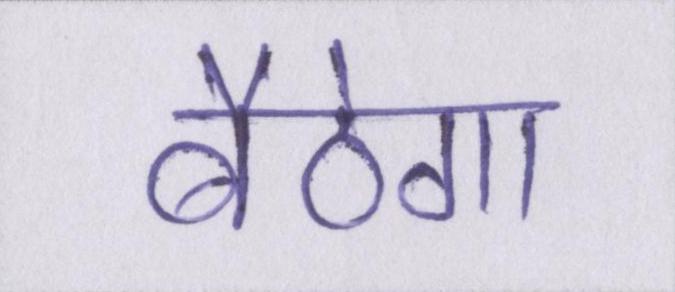
बैठेगा